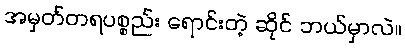
အမှတ်တရပစ္စည်း ရောင်းတဲ့ ဆိုင် ဘယ်မှာလဲ။